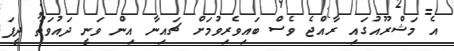
އެ މަޝްރޫއުގައި ރާއްޖެ ވެސް ބައިވެރިވުމަށް ޗައިނާ އިން ވަނީ ދައުވަތު ދީފަ